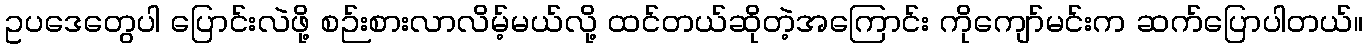
ဥပဒေတွေပါ ပြောင်းလဲဖို့ စဉ်းစားလာလိမ့်မယ်လို့ ထင်တယ်ဆိုတဲ့အကြောင်း ကိုကျော်မင်းက ဆက်ပြောပါတယ်။